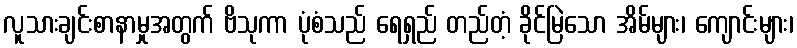
လူသားချင်းစာနာမှုအတွက် ဗိသုကာ ပုံစံသည် ရေရှည် တည်တံ့ ခိုင်မြဲသော အိမ်များ၊ ကျောင်းများ၊